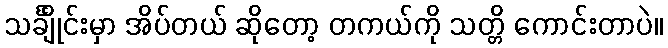
သင်္ချိုင်းမှာ အိပ်တယ် ဆိုတော့ တကယ်ကို သတ္တိ ကောင်းတာပဲ။